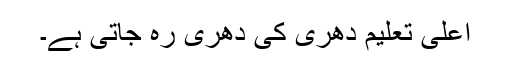
اعلیٰ تعلیم دھری کی دھری رہ جاتی ہے۔